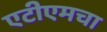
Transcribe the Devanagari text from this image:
एटीएमचा